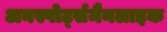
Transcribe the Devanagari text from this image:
अनस्पोर्ट्समैनलाइक